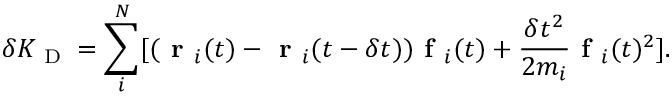
\delta K _ { \textrm { D } } = \sum _ { i } ^ { N } [ ( \textbf { r } _ { i } ( t ) - \textbf { r } _ { i } ( t - \delta t ) ) \textbf { f } _ { i } ( t ) + \frac { \delta t ^ { 2 } } { 2 m _ { i } } \textbf { f } _ { i } ( t ) ^ { 2 } ] .